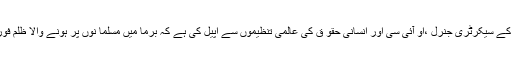
انہوں نے اقوامِ متحدہ کے سیکرٹری جنرل ،او آئی سی اور انسانی حقو ق کی عالمی تنظیموں سے اپیل کی ہے کہ برما میں مسلما نوں پر ہونے والا ظلم فوری بند کر وایا جائے۔